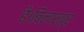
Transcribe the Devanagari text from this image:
है।बिलासपुर